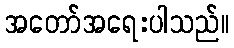
အတော်အရေးပါသည်။